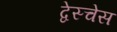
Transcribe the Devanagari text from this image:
द्वेस्चेस